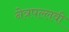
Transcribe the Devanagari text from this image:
नेत्रपल्लवी